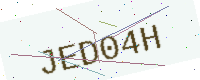
Text: JED04H